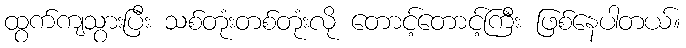
ထွက်ကျသွားပြီး သစ်တုံးတစ်တုံးလို တောင့်တောင့်ကြီး ဖြစ်နေပါတယ်။